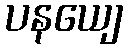
ပနယျေ